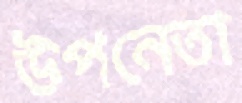
উপনেতা